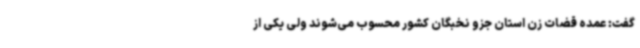
گفت: عمده قضات زن استان جزو نخبگان کشور محسوب می‌شوند ولی یکی از